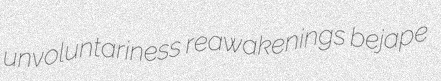
unvoluntariness reawakenings bejape